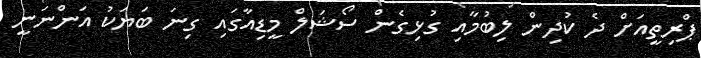
ޕްރިތީއަށް ދެ ކުދިން ލިބުމާއި ގުޅިގެން ސޯޝަލް މީޑިއާގައި ގިނަ ބަޔަކު އަންނަނީ